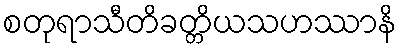
စတုရာသီတိခတ္တိယသဟဿာနိ